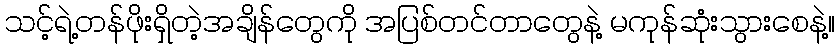
သင့်ရဲ့တန်ဖိုးရှိတဲ့အချိန်တွေကို အပြစ်တင်တာတွေနဲ့ မကုန်ဆုံးသွားစေနဲ့။